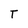
Character: T